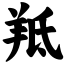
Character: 羝